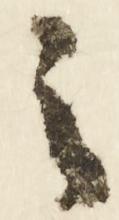
之